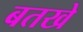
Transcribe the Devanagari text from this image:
बतखे